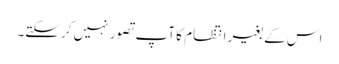
اس کے بغیر انتظام کا آپ تصور نہیں کرسکتے۔